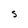
Character: S